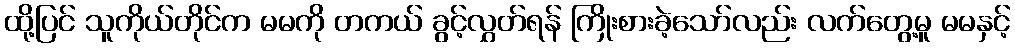
ထို့ပြင် သူကိုယ်တိုင်က မမကို တကယ် ခွင့်လွှတ်ရန် ကြိုးစားခဲ့သော်လည်း လက်တွေ့မူ မမနှင့်